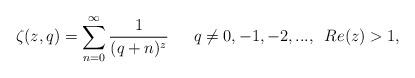
LaTeX: \begin{align*}\zeta(z,q)=\sum_{n=0}^{\infty}\frac{1}{(q+n)^{z}}\,\,\,\,\,\,\,\,\, q\neq 0,-1,-2,..., \,\,\, Re(z)>1,\end{align*}